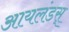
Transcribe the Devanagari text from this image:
आयलंडस्